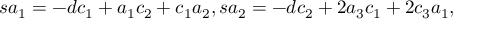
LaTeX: s a _ { 1 } = - d c _ { 1 } + a _ { 1 } c _ { 2 } + c _ { 1 } a _ { 2 } , s a _ { 2 } = - d c _ { 2 } + 2 a _ { 3 } c _ { 1 } + 2 c _ { 3 } a _ { 1 } ,